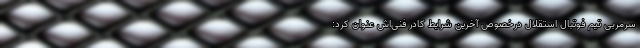
سرمربی تیم فوتبال استقلال درخصوص آخرین شرایط کادر فنی‌اش عنوان کرد: